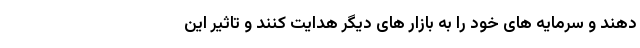
دهند و سرمایه های خود را به بازار های دیگر هدایت کنند و تاثیر این